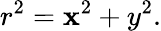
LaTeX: r^{2}=\mathbf{x}^{2}+y^{2}.